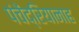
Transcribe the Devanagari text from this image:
पंचेंद्रियानाह